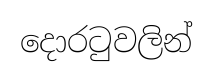
දොරටුවලින්